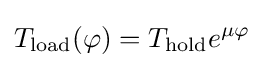
T_{\mathrm {load} }(\varphi )=T_{\mathrm {hold} }e^{\mu \varphi }